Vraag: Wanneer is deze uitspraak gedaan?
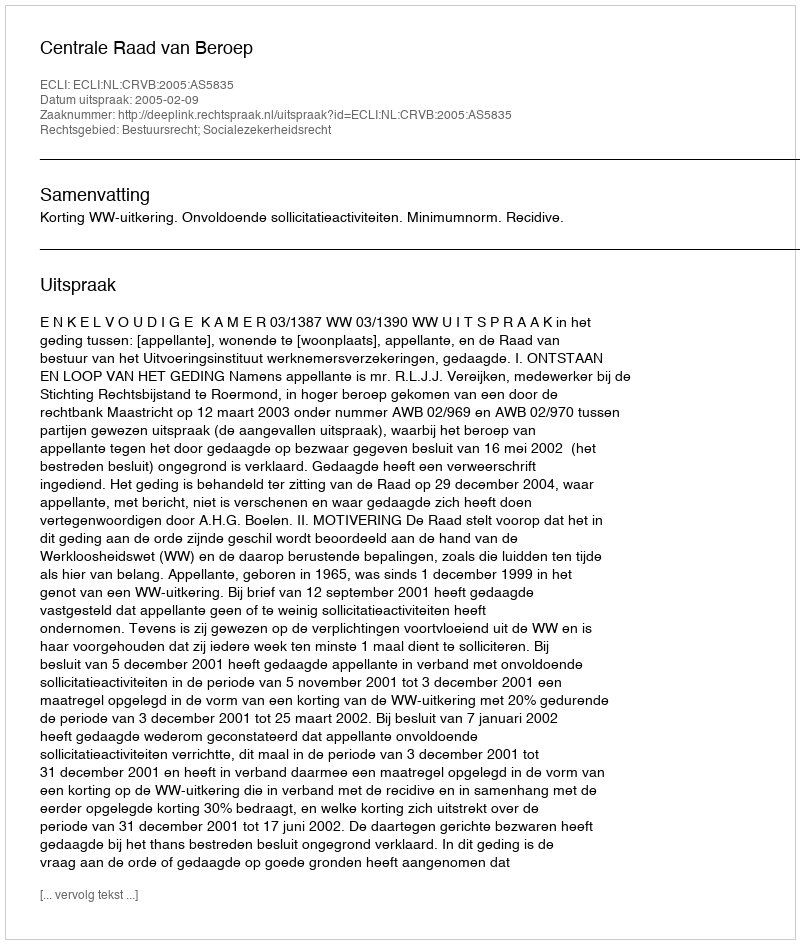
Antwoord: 2005-02-09